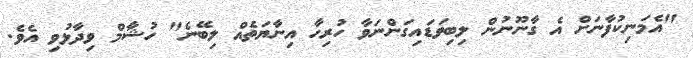
"އެމަނިކުފާނަށް އެ ގާނޫނުން ލިބިވަޑައިގަންނަވާ ހުރިހާ އިނާޔަތެއް ލިބޭނެ" ހުޝާމް ވިދާޅުވި އެވެ.